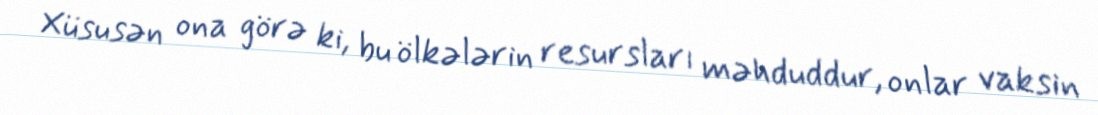
Xüsusən ona görə ki, bu ölkələrin resursları məhduddur, onlar vaksin